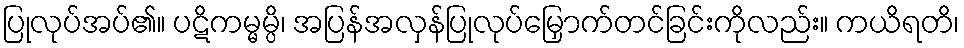
ပြုလုပ်အပ်၏။ ပဋိကမ္မမ္ပိ၊ အပြန်အလှန်ပြုလုပ်မြှောက်တင်ခြင်းကိုလည်း။ ကယိရတိ၊